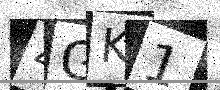
Text: 4GK1